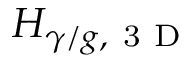
H _ { \gamma / g , \mathrm { ~ 3 ~ D ~ } }